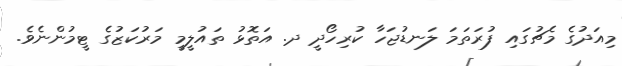
މިއަދުގެ މެޗުގައި ފުރަތަމަ ލަނޑުޖަހާ ކުރިހޯދީ ދ. އަތޮޅު ތައުލީމީ މަރުކަޒުގެ ޓީމުންނެވެ.